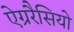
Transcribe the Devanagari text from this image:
ऐग्ररैसियो